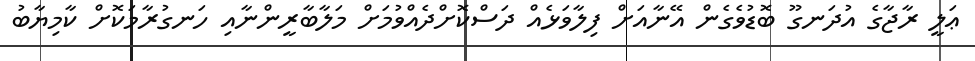
ޢަލީ ރާޖާގެ އުދަނގޫ ބޮޑުވެގެން އޭނާއަށް ފިލާވަޅެއް ދަސްކޮށްދެއްވުމަށް މަލާބާރީންނާއި ހަނގުރާމަކޮށް ކާމިޔާބު